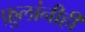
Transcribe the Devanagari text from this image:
फ़ुलांनीही